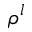
\rho ^ { l }